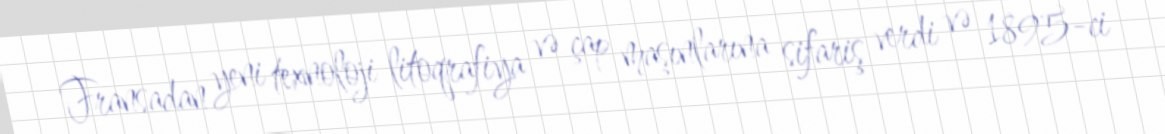
Fransadan yeni texnoloji litoqrafiya və çap maşınlarına sifariş verdi və 1895-ci